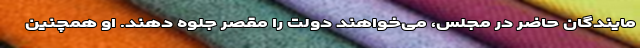
مایندگان حاضر در مجلس، می‌خواهند دولت را مقصر جلوه دهند. او همچنین